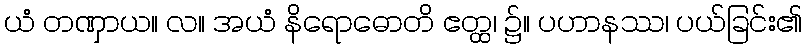
ယံ တဏှာယ။ လ။ အယံ နိရောဓောတိ ဧတ္ထ၊ ၌။ ပဟာနဿ၊ ပယ်ခြင်း၏